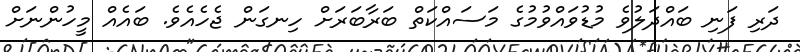
ދަރި ފަނި ބައްދަލުވެ މުޑުވައްވުމުގެ މަސައްކަތް ބަރާބަރަށް ހިނގަން ޖެހެއެވެ. ބައެއް މީހުންނަށް